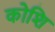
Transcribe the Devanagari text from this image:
कोशि